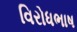
વિરોધભાષ